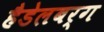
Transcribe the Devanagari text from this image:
हैडेलबर्ग